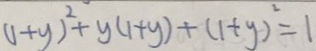
( 1 + y ) ^ { 2 } + y ( 1 + y ) + ( 1 + y ) ^ { 2 } = 1